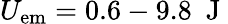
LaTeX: U_{\mathrm{em}}=0.6-9.8\ \mathrm{~J~}